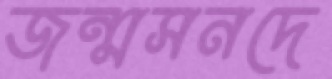
জন্মসনদে